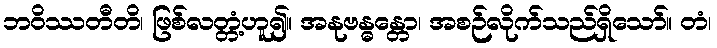
ဘဝိဿတီတိ၊ ဖြစ်လတ္တံ့ဟူ၍။ အနုဗန္ဓန္တော၊ အစဉ်လိုက်သည်ရှိသော်။ တံ၊